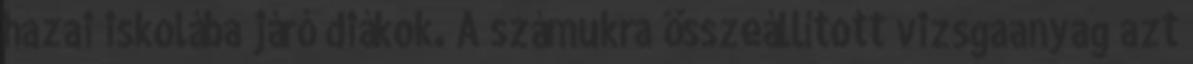
hazai iskolába járó diákok. A számukra összeállított vizsgaanyag azt